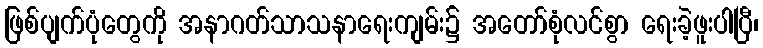
ဖြစ်ပျက်ပုံတွေကို အနာဂတ်သာသနာရေးကျမ်း၌ အတော်စုံလင်စွာ ရေးခဲ့ဖူးပါပြီ၊